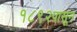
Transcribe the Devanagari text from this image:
१८९२पासून